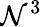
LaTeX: \mathcal{N}^{3}